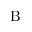
\mathrm { B }